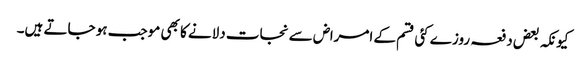
کیونکہ بعض دفعہ روزے کئی قسم کے امراض سے نجات دلانے کا بھی موجب ہو جاتے ہیں۔